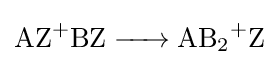
{\ce {{AZ}+BZ -> {AB}+2Z}}